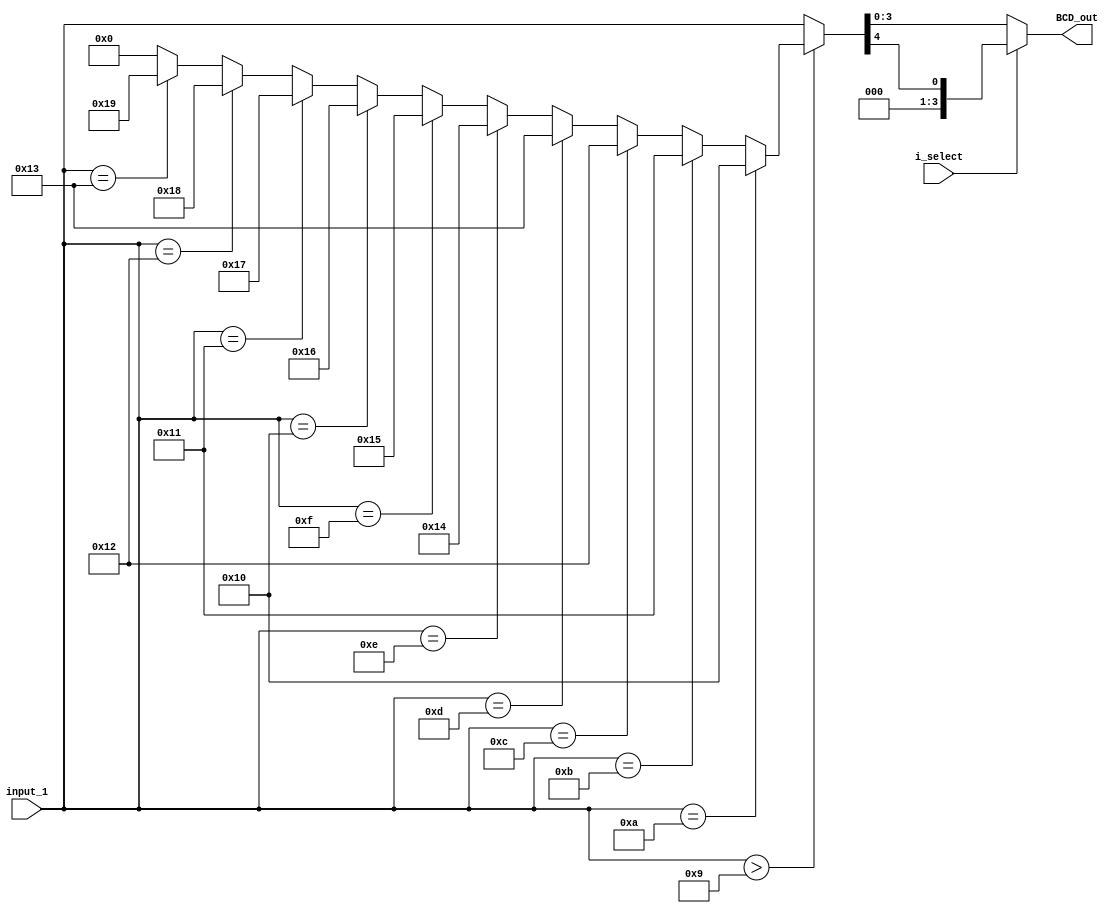
`timescale 1ns / 1ps

module binary_to_BCD(input_1, i_select, BCD_out);

    input   [4:0] input_1;
    input         i_select;
    output  reg [3:0] BCD_out;

    reg    [7:0] eight_bits;


always@(*)
    begin
        if(input_1 > 9)
            begin
                eight_bits = (input_1 == 8'b00001010) ? 8'b00010000:
                             (input_1 == 8'b00001011) ? 8'b00010001:
                             (input_1 == 8'b00001100) ? 8'b00010010:
                             (input_1 == 8'b00001101) ? 8'b00010011:
                             (input_1 == 8'b00001110) ? 8'b00010100:
                             (input_1 == 8'b00001111) ? 8'b00010101:
                             (input_1 == 8'b00010000) ? 8'b00010110:
                             (input_1 == 8'b00010001) ? 8'b00010111:
                             (input_1 == 8'b00010010) ? 8'b00011000:
                             (input_1 == 8'b00010011) ? 8'b00011001:
                              8'b00000000;               
            end
        else
            begin
                eight_bits = {4'b0000, input_1};
                
            end
        
        if(i_select == 0)
            begin
                BCD_out = eight_bits[3:0];
            end
        else
            begin
                BCD_out = eight_bits[7:4];
            end    
    end                        
endmodule